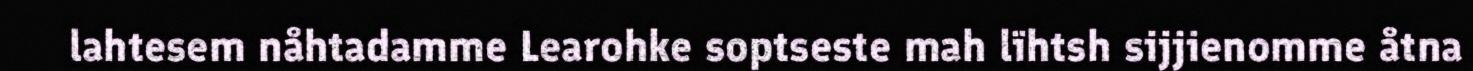
lahtesem nåhtadamme Learohke soptseste mah lïhtsh sijjienomme åtna